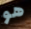
هو